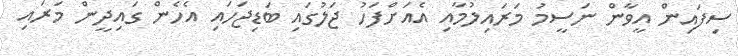
ސިފައިން އީވާން ނަސީމު މަރައިލުމާއި އެއަށްފަހު ޖަލުގައި ބަޑިޖަހައި އެހެން ގައިދީން މަރައި